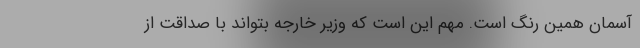
آسمان همین رنگ است. مهم این است که وزیر خارجه بتواند با صداقت از